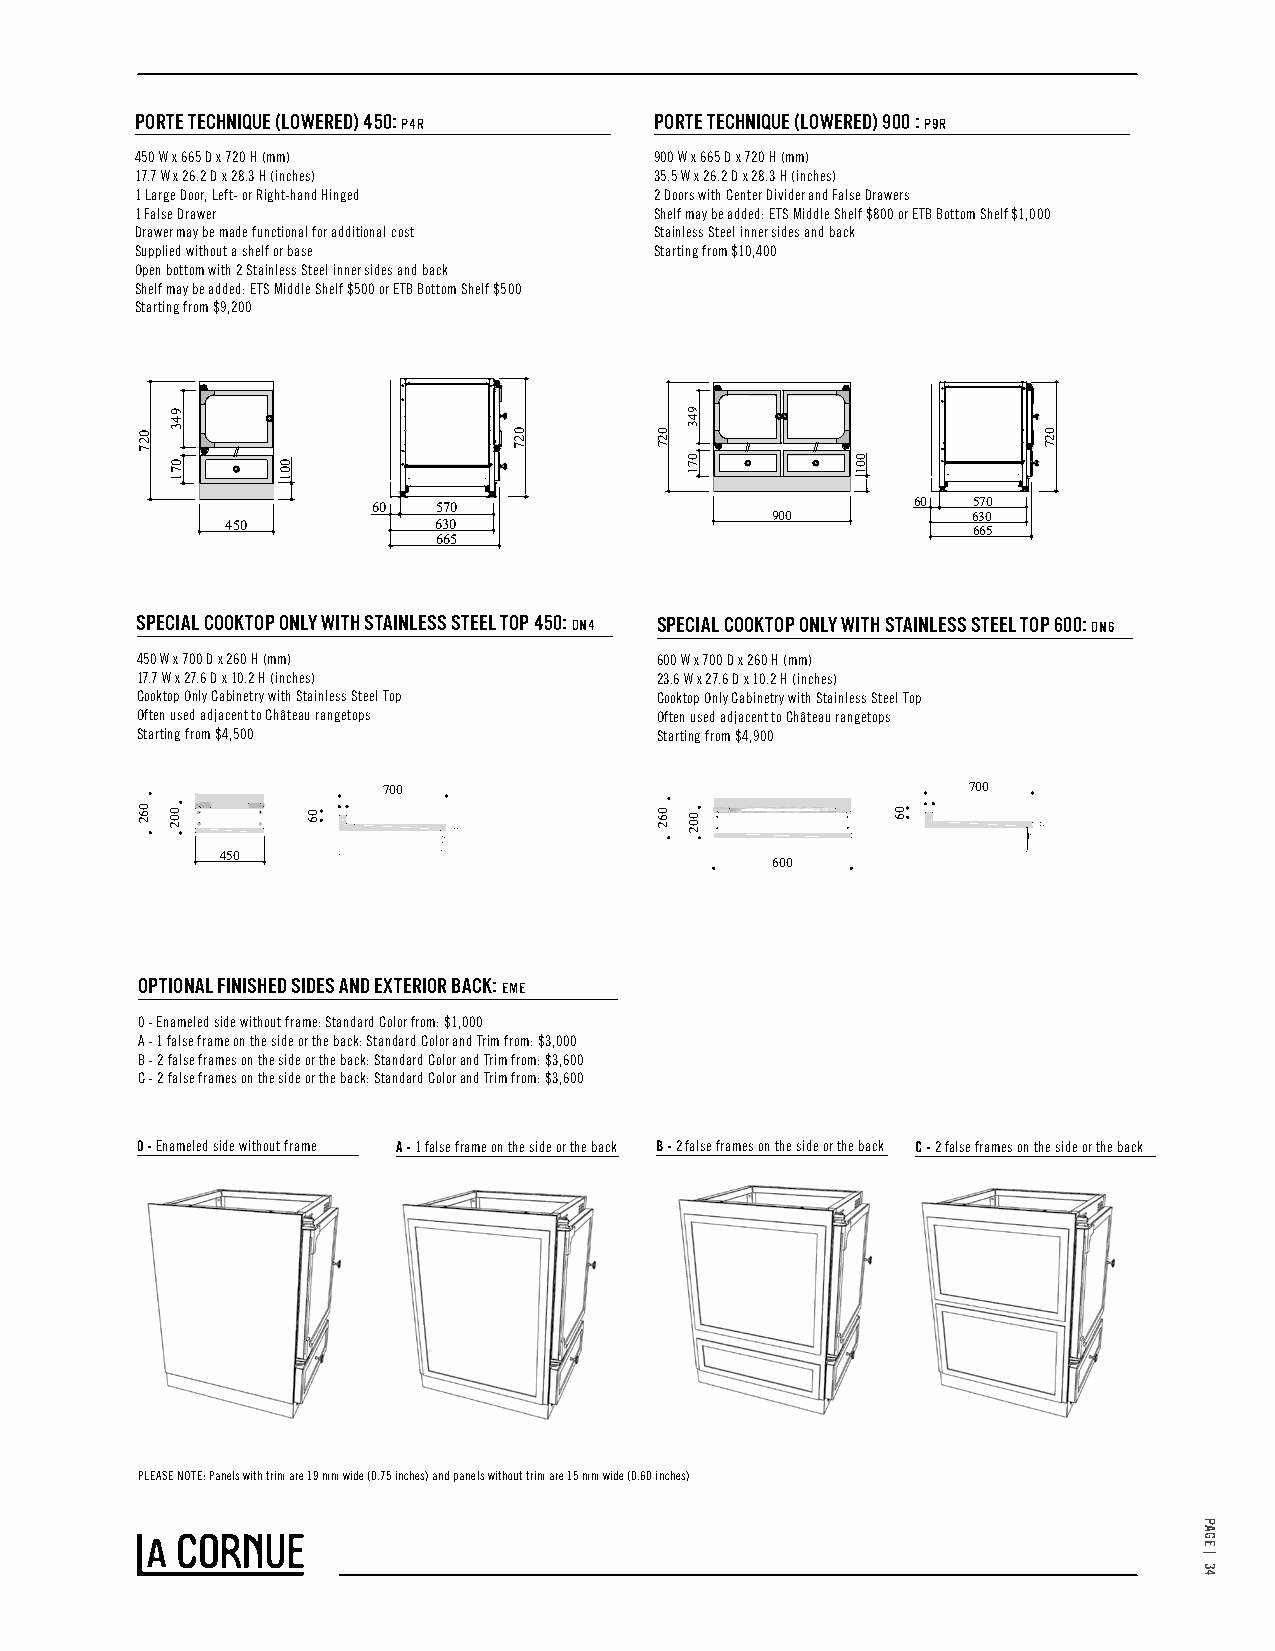
PORTE TECHNIQUE (LOWERED) 450: P4R PORTE TECHNIQUE (LOWERED) 900 : P9R
 450 W x 665 D x 720 H (mm)        900 W x 665 D x 720 H (mm)
 17.7 W x 26.2 D x 28.3 H (inches) 35.5 W x 26.2 D x 28.3 H (inches)
 1 Large Door, Left- or Right-hand Hinged 2 Doors with Center Divider and False Drawers
 1 False Drawer                    Shelf may be added: ETS Middle Shelf $800 or ETB Bottom Shelf $1,000
 Drawer may be made functional for additional cost Stainless Steel inner sides and back
 Supplied without a shelf or base  Starting from $10,400
 Open bottom with 2 Stainless Steel inner sides and back
 Shelf may be added: ETS Middle Shelf $500 or ETB Bottom Shelf $500
 Starting from $9,200
 60  570                            60  570
 900          630
 450           630                                665
 665
 SPECIAL COOKTOP ONLY WITH STAINLESS STEEL TOP 450: DN4 SPECIAL COOKTOP ONLY WITH STAINLESS STEEL TOP 600: DN6
 450 W x 700 D x 260 H (mm)        600 W x 700 D x 260 H (mm)
 17.7 W x 27.6 D x 10.2 H (inches) 23.6 W x 27.6 D x 10.2 H (inches)
 Cooktop Only Cabinetry with Stainless Steel Top Cooktop Only Cabinetry with Stainless Steel Top
 Often used adjacent to Château rangetops Often used adjacent to Château rangetops
 Starting from $4,500              Starting from $4,900
 700                                    700
 450
 600
 OPTIONAL FINISHED SIDES AND EXTERIOR BACK: EME
 0 - Enameled side without frame: Standard Color from: $1,000
 A - 1 false frame on the side or the back: Standard Color and Trim from: $3,000
 B - 2 false frames on the side or the back: Standard Color and Trim from: $3,600
 C - 2 false frames on the side or the back: Standard Color and Trim from: $3,600
 0 - Enameled side without frame A - 1 false frame on the side or the back B - 2 false frames on the side or the back C - 2 false frames on the side or the back
 PLEASE NOTE: Panels with trim are 19 mm wide (0.75 inches) and panels without trim are 15 mm wide (0.60 inches)
 027
 062
 943
 071
 002
 001
 06
 027       027
 062
 943
 071
 002
 001
 06
 027
 PAGE
 |
 34